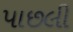
પાછલી